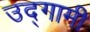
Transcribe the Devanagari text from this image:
उद्‌गामी